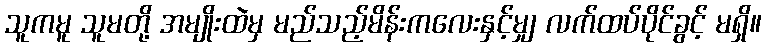
သူကမူ သူမတို့ အမျိုးထဲမှ မည်သည့်မိန်းကလေးနှင့်မျှ လက်ထပ်ပိုင်ခွင့် မရှိ။